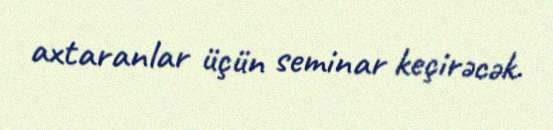
axtaranlar üçün seminar keçirəcək.